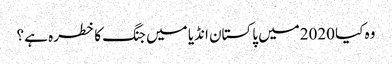
وہ کیا 2020میں پاکستان انڈیا میں جنگ کا خطرہ ہے ؟